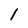
Character: l